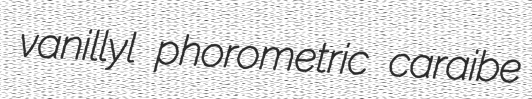
vanillyl phorometric caraibe